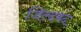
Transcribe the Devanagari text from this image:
जिल्दबंद